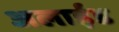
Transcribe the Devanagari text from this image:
अलाईड